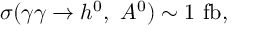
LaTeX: \sigma ( \gamma \gamma \rightarrow h ^ { 0 } , \ A ^ { 0 } ) \sim 1 \ \mathrm { f b } ,